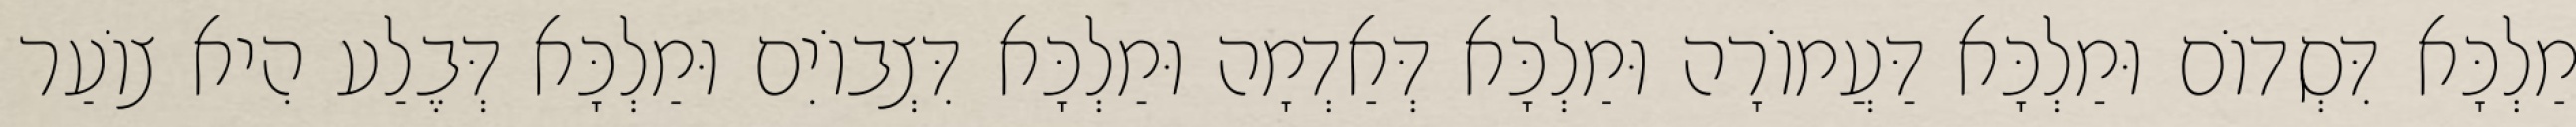
מַלְכָּא דִּסְדוֹם וּמַלְכָּא דַּעֲמוֹרָה וּמַלְכָּא דְּאַדְמָה וּמַלְכָּא דִּצְבוֹיִם וּמַלְכָּא דְּבֶלַע הִיא צוֹעַר